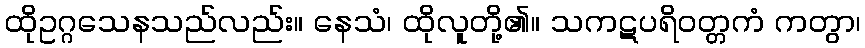
ထိုဥဂ္ဂသေနသည်လည်း။ နေသံ၊ ထိုလူတို့၏။ သကဋပရိဝတ္တကံ ကတွာ၊